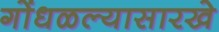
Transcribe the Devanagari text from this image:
गोंधळल्यासारखे